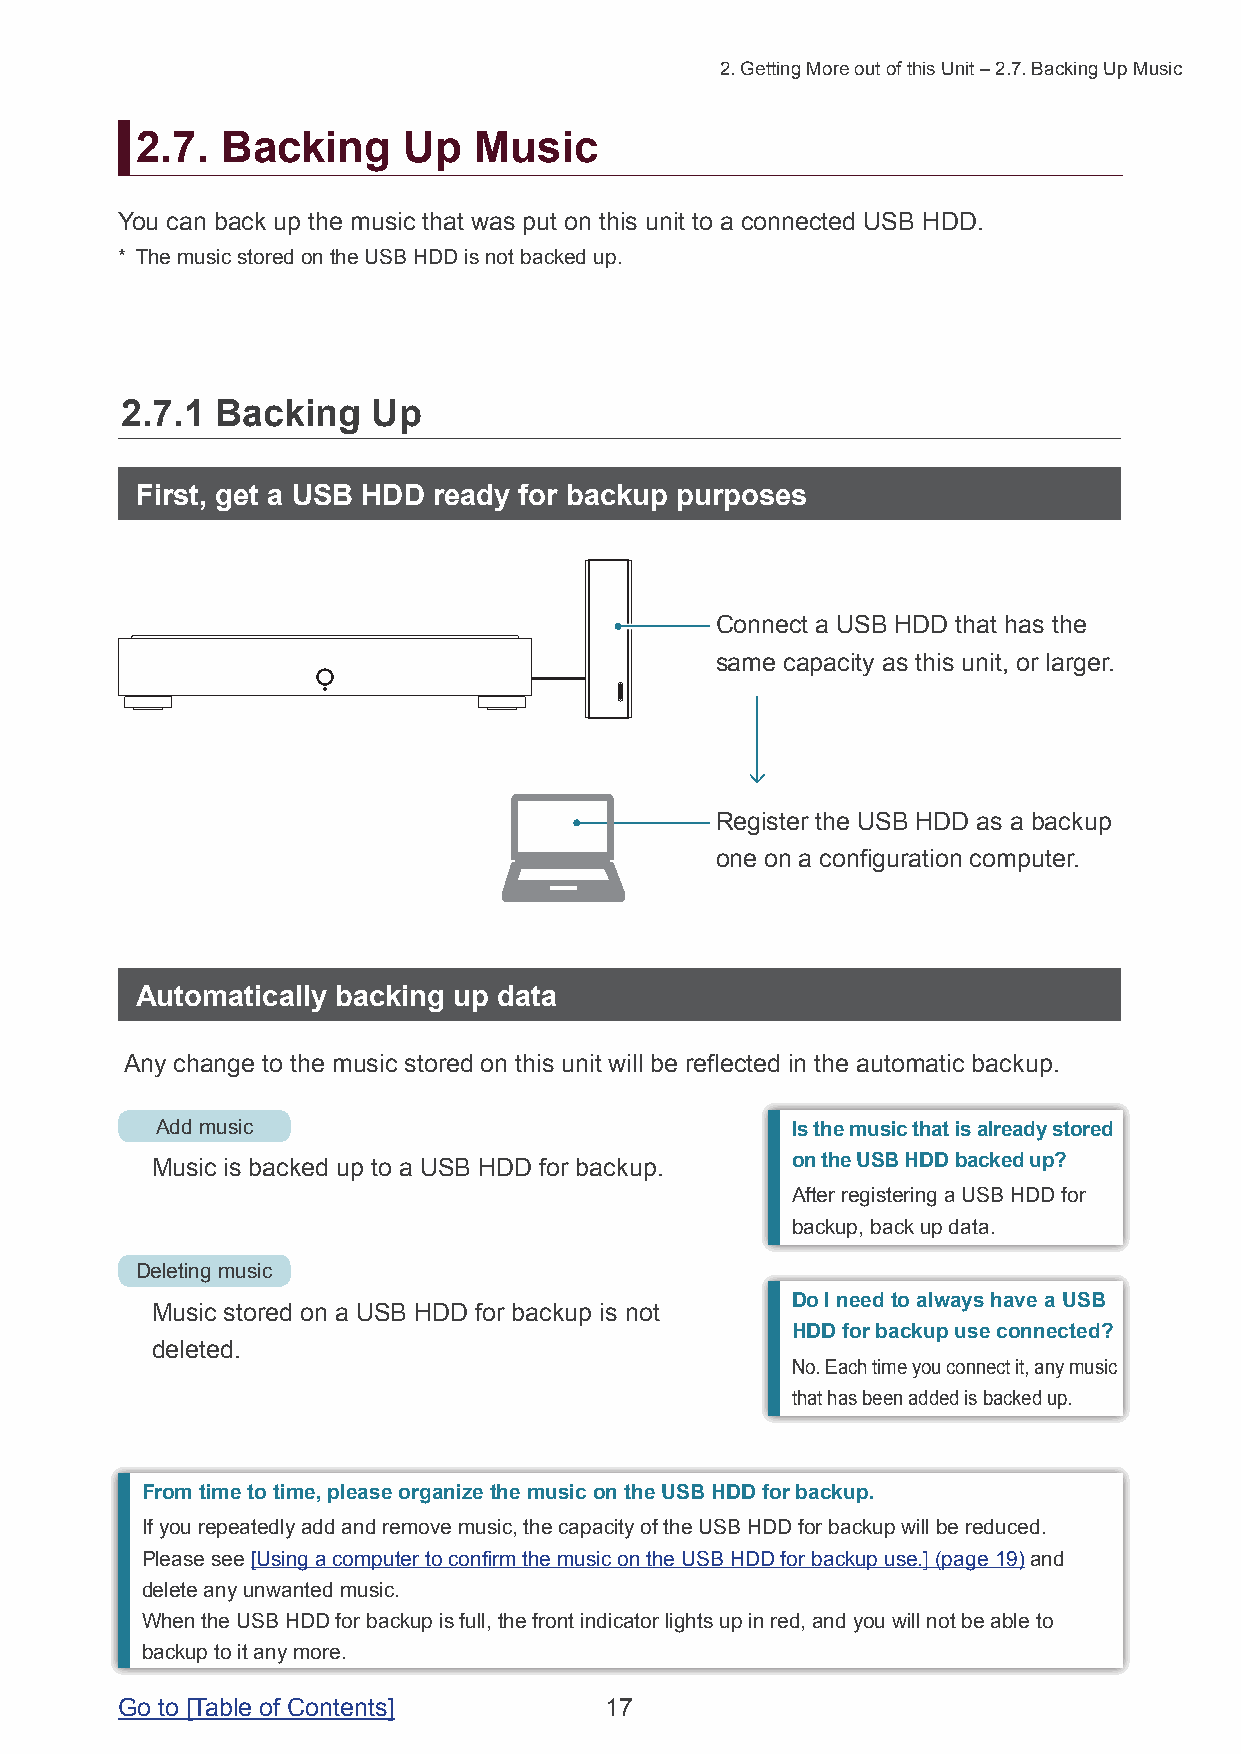
2. Getting More out of this Unit – 2.7. Backing Up Music
 2.7.  Backing     Up  Music
 You can back up the music that was put on this unit to a connected USB HDD.
 * The music stored on the USB HDD is not backed up.
 2.7.1 Backing    Up
 First, get a USB HDD ready for backup purposes
 Connect a USB HDD that has the
 same capacity as this unit, or larger.
 Register the USB HDD as a backup
 one on a configuration computer.
 Automatically backing up data
 Any change to the music stored on this unit will be reflected in the automatic backup.
 Add music                                 Is the music that is already stored
 Music is backed up to a USB HDD for backup. on the USB HDD backed up?
 After registering a USB HDD for
 backup, back up data.
 Deleting music
 Do I need to always have a USB
 Music stored on a USB HDD for backup is not
 HDD for backup use connected?
 deleted.
 No. Each time you connect it, any music
 that has been added is backed up.
 From time to time, please organize the music on the USB HDD for backup.
 If you repeatedly add and remove music, the capacity of the USB HDD for backup will be reduced.
 Please see [Using a computer to confirm the music on the USB HDD for backup use.] (page 19) and
 delete any unwanted music.
 When the USB HDD for backup is full, the front indicator lights up in red, and you will not be able to
 backup to it any more.
 Go to [Table of Contents]       17